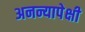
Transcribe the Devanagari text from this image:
अनन्यापेक्षी